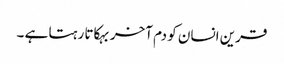
قرین انسان کو دم آخر بہکاتا رہتا ہے ۔